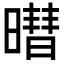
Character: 𬁓